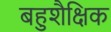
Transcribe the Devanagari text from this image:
बहुशैक्षिक